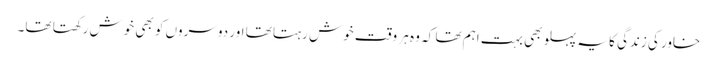
خاور کی زندگی کا یہ پہلو بھی بہت اہم تھا کہ وہ ہر وقت خوش رہتا تھا اور دوسروں کو بھی خوش رکھتا تھا۔